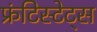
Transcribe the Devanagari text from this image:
फ्रंटिस्टेट्स